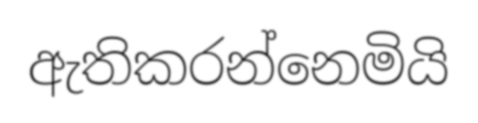
ඇතිකරන්නෙමියි